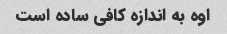
اوه به اندازه کافی ساده است